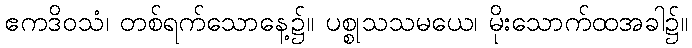
ဧကဒိဝသံ၊ တစ်ရက်သောနေ့၌။ ပစ္စုသသမယေ၊ မိုးသောက်ထအခါ၌။